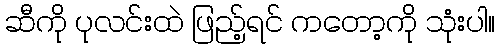
ဆီကို ပုလင်းထဲ ဖြည့်ရင် ကတော့ကို သုံးပါ။